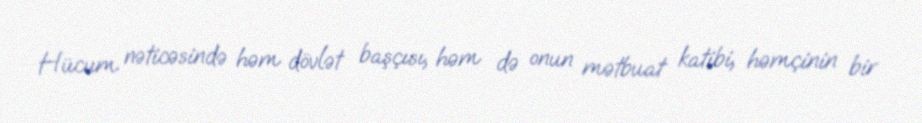
Hücum nəticəsində həm dövlət başçısı, həm də onun mətbuat katibi, həmçinin bir